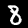
Label: 8